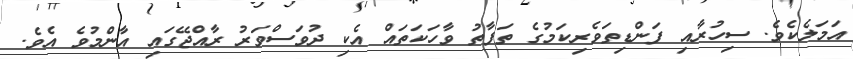
އަމަލެކެވެ. ސިހުރާއި ފަންޑިތަވެރިކަމުގެ ތަފާތު ވާހަކަތައް އެކި ދުވަސްވަރު ރާއްޖޭގައި އާންމުވެ އެވެ.